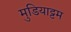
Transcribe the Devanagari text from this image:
मुडियाट्टम